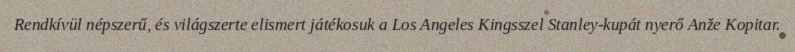
Rendkívül népszerű, és világszerte elismert játékosuk a Los Angeles Kingsszel Stanley-kupát nyerő Anže Kopitar.